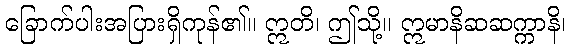
ခြောက်ပါးအပြားရှိကုန်၏။ ဣတိ၊ ဤသို့။ ဣမာနိဆဆက္ကာနိ၊